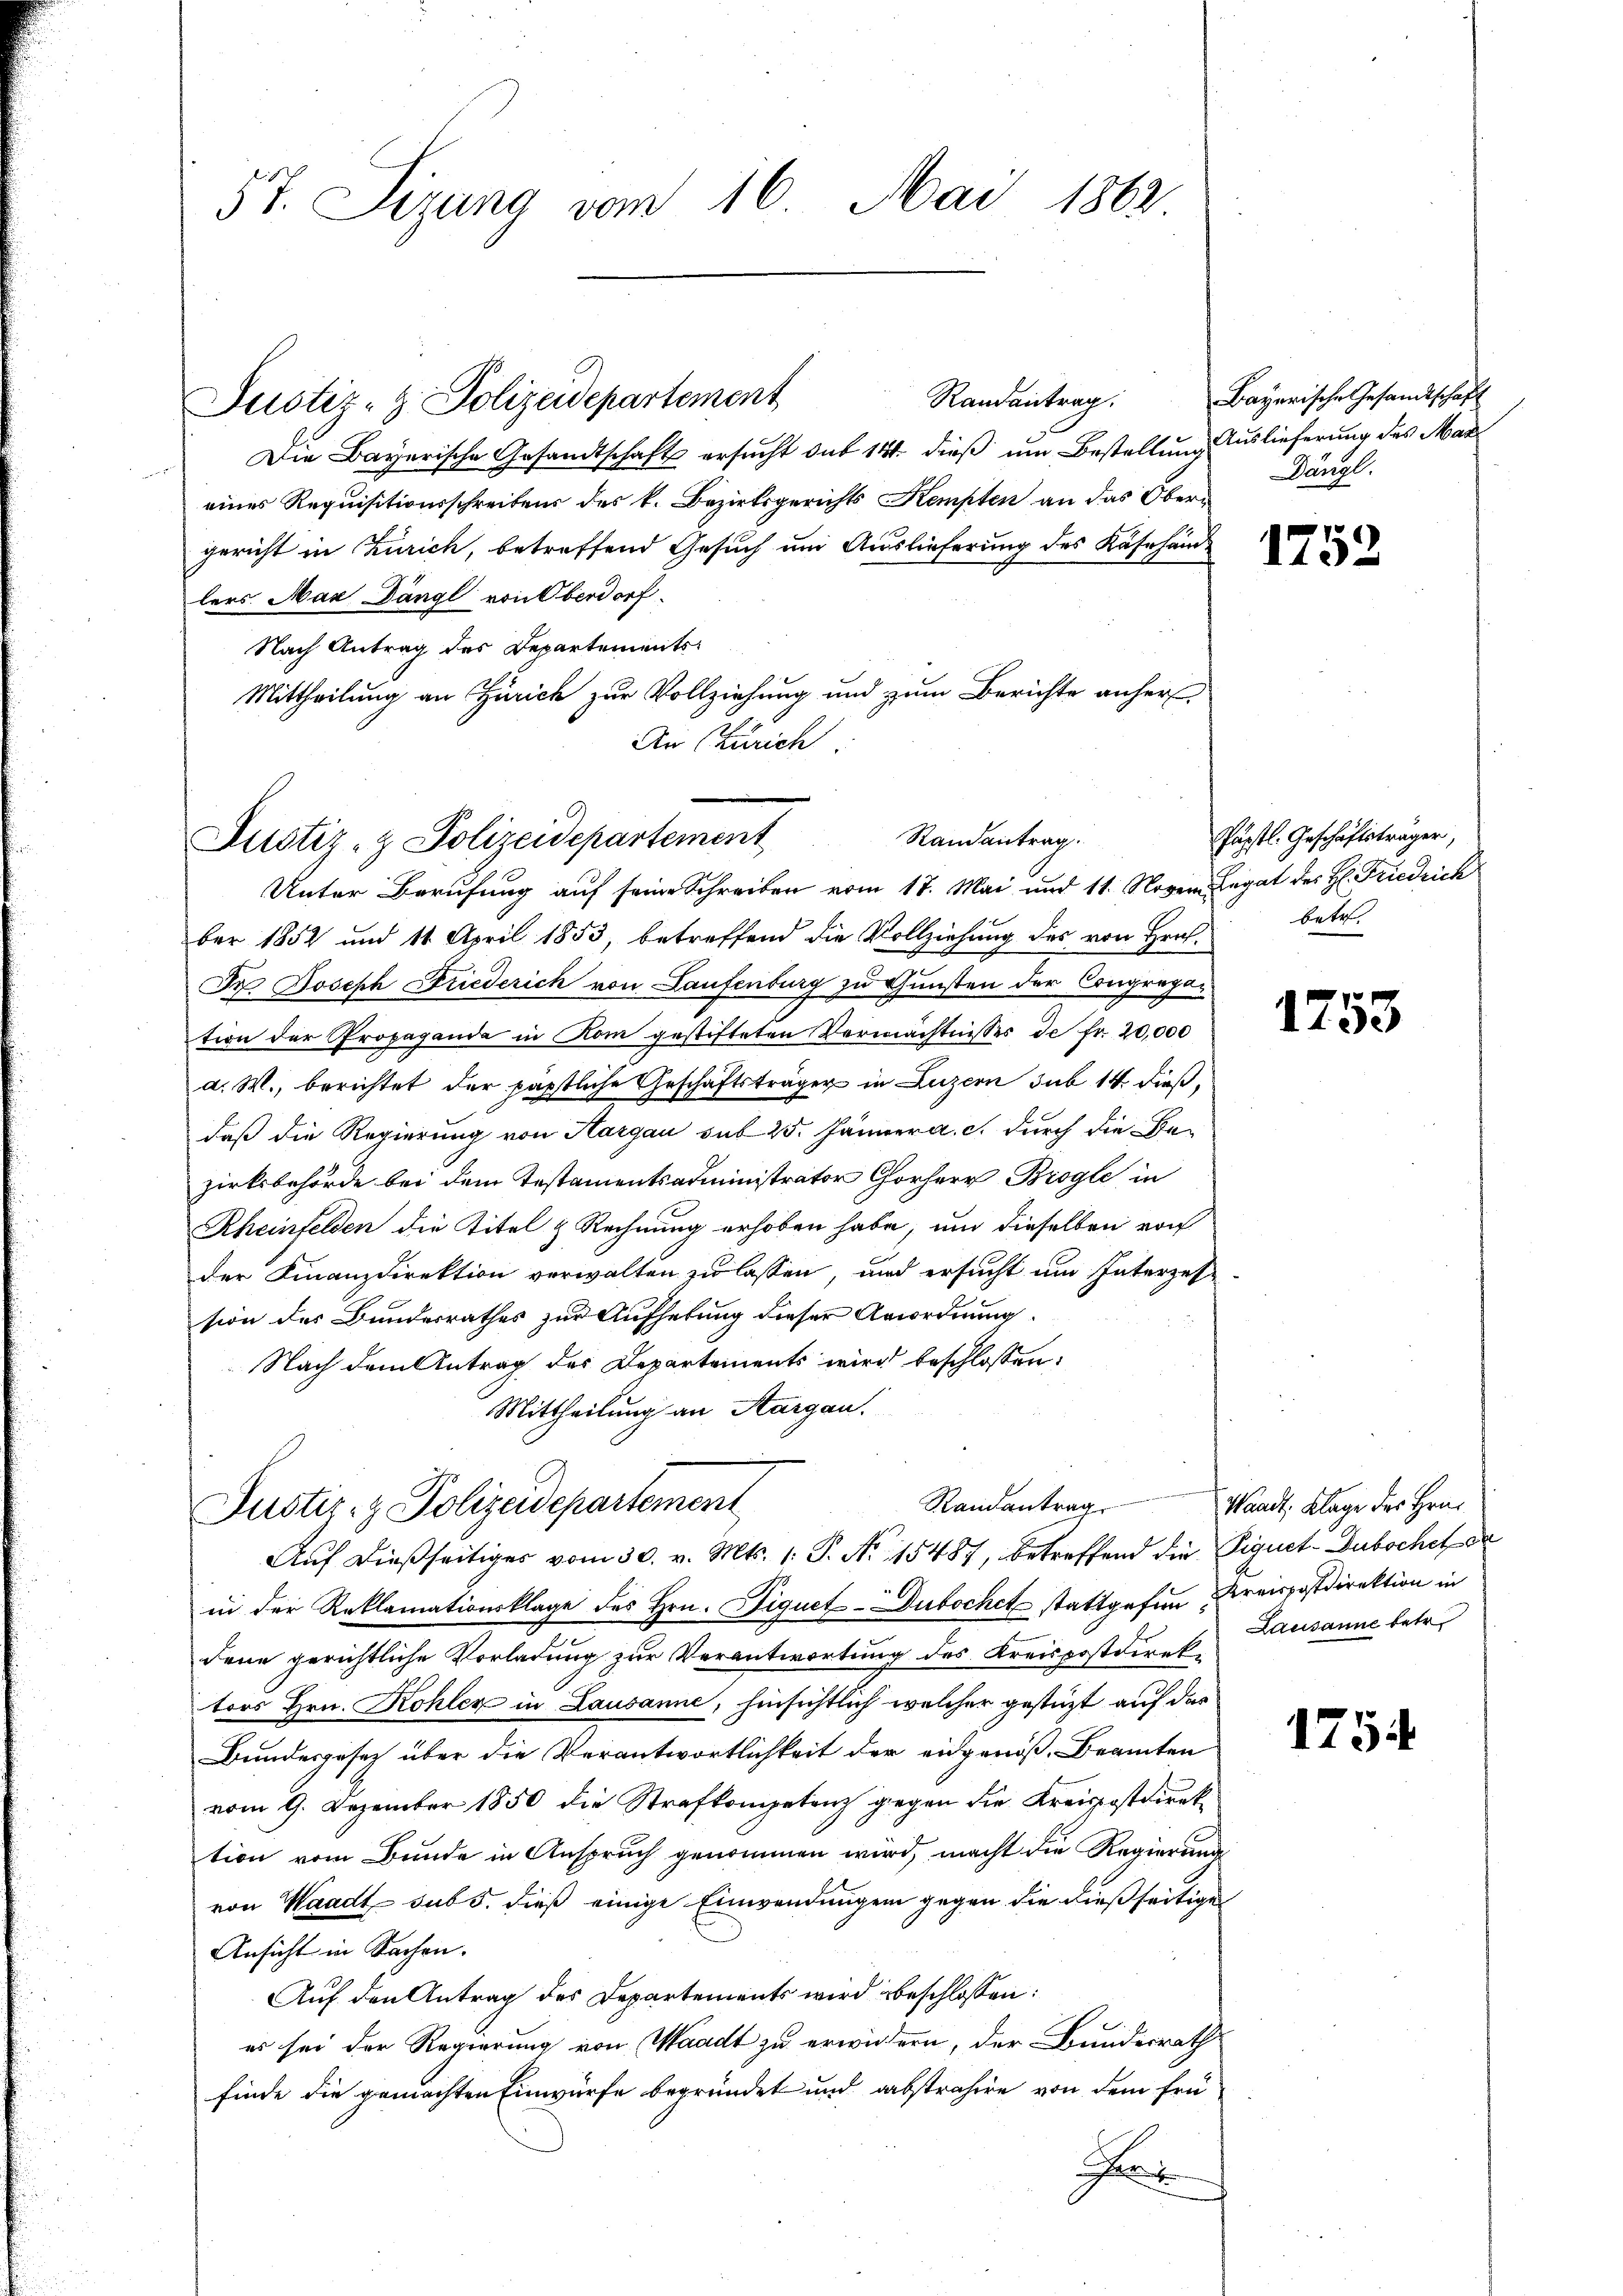
57. Sizung vom 16. Mai 1862

Randantrag.
Die Bayerische Gesandtschaft ersucht sub 141. dieß um Bestellung Auslieferung des Mar
eines Requisitionsschreibens des k. Bezirksgerichts Kempten an das Obergericht in Zürich, betreffend Gesuch um Auslieferung des Käsehände
lers Man Dängl von Oberdorf.
Nach Antrag des Departements¬
Mittheilung an Zürich zur Vollziehung und zum Berichte anher
An Zürich.

Justiz- & Polizeidepartement

Randantrag.
Justiz- & Polizeidepartement
Unter Berufung auf seine Schreiben vom 17. Mai und 11. Noven Legat des H. Friedrich

Justiz- & Polizeidepartement

ber 1852 und 11. April 1853, betreffend die Vollziehung des von Hrn.
Dr. Joseph Friederich von Laufenburg zu Gunsten der Congregar
tion der Propaganda in Rom gestifteten Vermächtnisses de fr. 20,000
a. W., berichtet der päpstliche Geschäftsträger in Luzern sub 14 dießdaß die Regierung von Aargau sub 25. Jänner a. c. durch die Bezirksbehörde bei dem Testamentsadministrator Chorherr Brogle in
Rheinfelden die Titel & Rechnung erhoben habe, um dieselben von
der Finanzdirektion verwalten zu lassen, und ersucht um Interzehnsion des Bundesrathes zur Aufhebung dieser Anordnung
Nach dem Antrag des Departements wird beschlossen:
Mittheilung an Aargau.
Auf dießseitiges vom 30. v. Mts. 1. P. Nr. 15487, betreffend die Vignet-Dubochet de
in der Reklamationsklage des Hrn. Fiquet-Dubochet stattgehen Kreispostdirektion in
dene gerichtliche Vorladung zur Verantwortung des Kreispostdirektors Hrn. Kohler in Lausanne, hinsichtlich welcher gestützt auf der
Bundesgesetz über die Verantwortlichkeit der eidgenoß, Beamten
vom 9. Dezember 1850 die Strafkompetenz gegen die Kreispostdirektion vom Bunde in Anspruch genommen wird, macht die Regierung
von Waadt sub 5. dieß einige Einwendungen gegen die dießseitige
Ansicht in Sachen.
Auf den Antrag des Departements wird beschlossen:
es sei der Regierung von Waadt zu erwiedern, der Bundesrath
finde die gemachten Einwürfe begründet und abstrahire von dem früt

Randantrag

Bayerische Gesandtschaft
Dängl.

1752

Päpstl. Geschäftsträger,
bete.

1753

Waadt, Klage des Hrn.
Lausanne betr.

1754